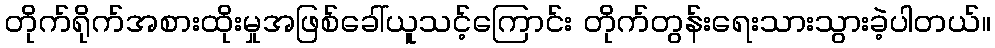
တိုက်ရိုက်အစားထိုးမှုအဖြစ်ခေါ်ယူသင့်ကြောင်း တိုက်တွန်းရေးသားသွားခဲ့ပါတယ်။